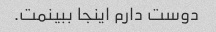
دوست دارم اینجا ببینمت.